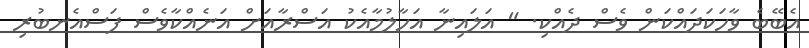
އެބޭބެ ވާހަކަދައްކަން ވެސް ދެއްކި. " އަލައިނާ އަހާލުމާއެކު އަސްރާއަށް އަނެއްކާވެސް ފަސްއެނބުރި